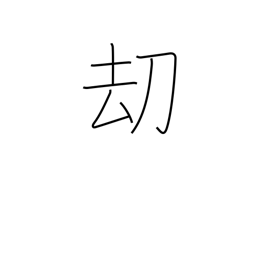
Meaning: threat